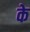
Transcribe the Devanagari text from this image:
के